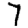
Digit: 7